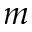
m